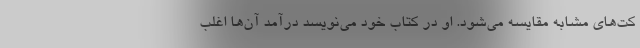
کت‌های مشابه مقایسه می‌شود. او در کتاب خود می‌نویسد درآمد آن‌ها اغلب